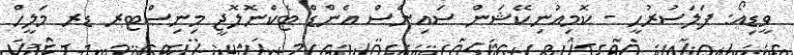
ވީޑިއޯ: ފަލަސުރުހީ - ކޮމިއުނިކޭޝަން ސައިންސް އެންޑް ޓެކްނޮލޮޖީ މިނިސްޓރ ޑރ މަލީހް